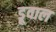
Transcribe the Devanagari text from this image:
डूवाल